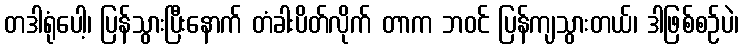
တဒါရုံပေါ့၊ ပြန်သွားပြီးနောက် တံခါးပိတ်လိုက် တာက ဘဝင် ပြန်ကျသွားတယ်၊ ဒါဖြစ်စဉ်ပဲ၊